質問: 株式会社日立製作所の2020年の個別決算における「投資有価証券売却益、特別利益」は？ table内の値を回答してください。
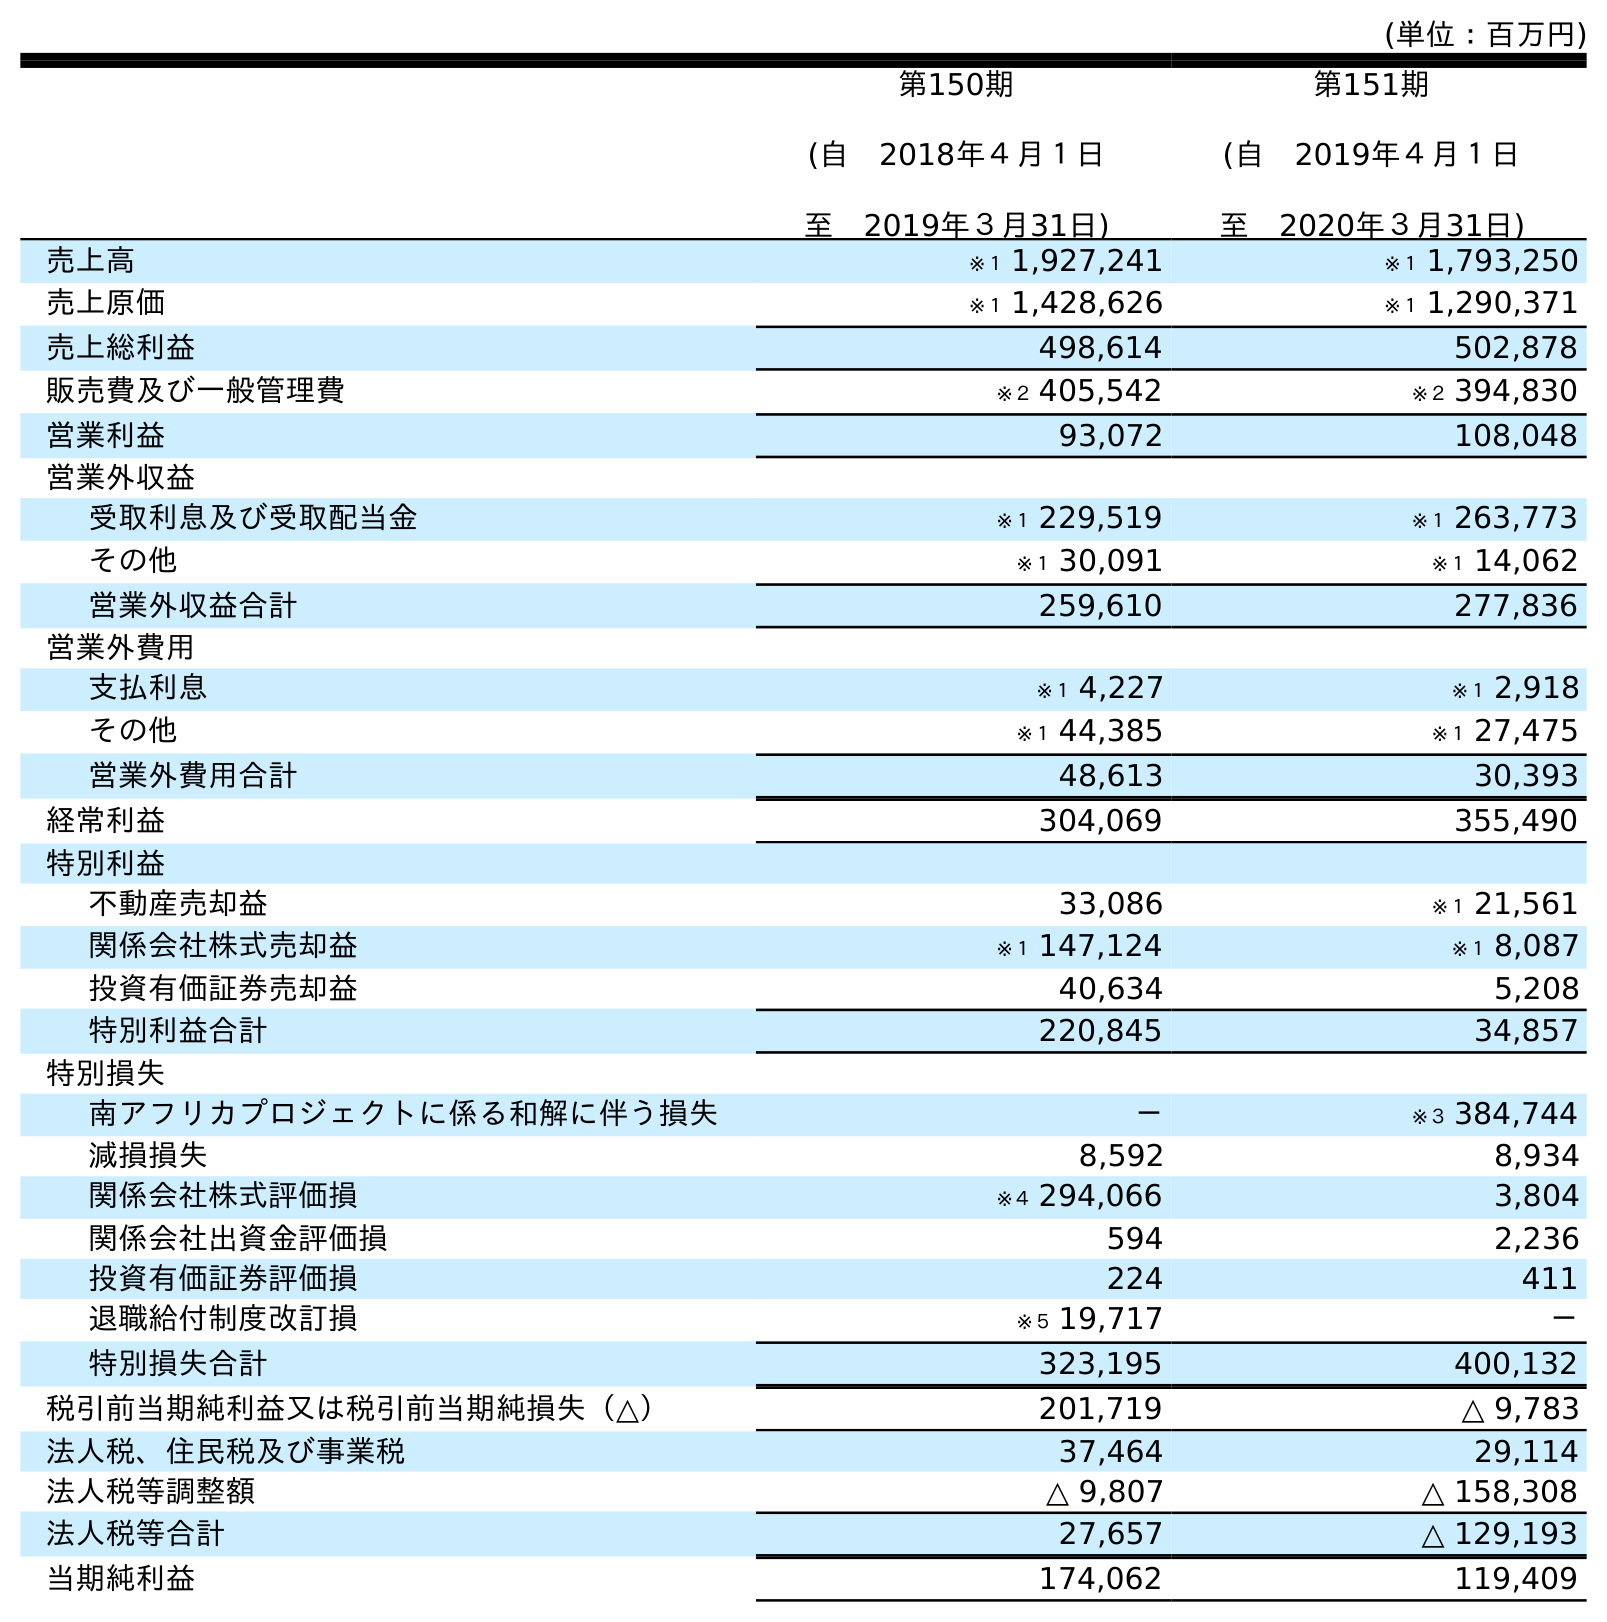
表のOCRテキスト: (単位：百万円) 第150期 (自 2018年４月１日 至 2019年３月31日) 第151期 (自 2019年４月１日 至 2020年３月31日) 売上高 ※１ 1,927,241 ※１ 1,793,250 売上原価 ※１ 1,428,626 ※１ 1,290,371 売上総利益 498,614 502,878 販売費及び一般管理費 ※２ 405,542 ※２ 394,830 営業利益 93,072 108,048 営業外収益 受取利息及び受取配当金 ※１ 229,519 ※１ 263,773 その他 ※１ 30,091 ※１ 14,062 営業外収益合計 259,610 277,836 営業外費用 支払利息 ※１ 4,227 ※１ 2,918 その他 ※１ 44,385 ※１ 27,475 営業外費用合計 48,613 30,393 経常利益 304,069 355,490 特別利益 不動産売却益 33,086 ※１ 21,561 関係会社株式売却益 ※１ 147,124 ※１ 8,087 投資有価証券売却益 40,634 5,208 特別利益合計 220,845 34,857 特別損失 南アフリカプロジェクトに係る和解に伴う損失 － ※３ 384,744 減損損失 8,592 8,934 関係会社株式評価損 ※４ 294,066 3,804 関係会社出資金評価損 594 2,236 投資有価証券評価損 224 411 退職給付制度改訂損 ※５ 19,717 － 特別損失合計 323,195 400,132 税引前当期純利益又は税引前当期純損失（△） 201,719 △ 9,783 法人税、住民税及び事業税 37,464 29,114 法人税等調整額 △ 9,807 △ 158,308 法人税等合計 27,657 △ 129,193 当期純利益 174,062 119,409
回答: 5,208